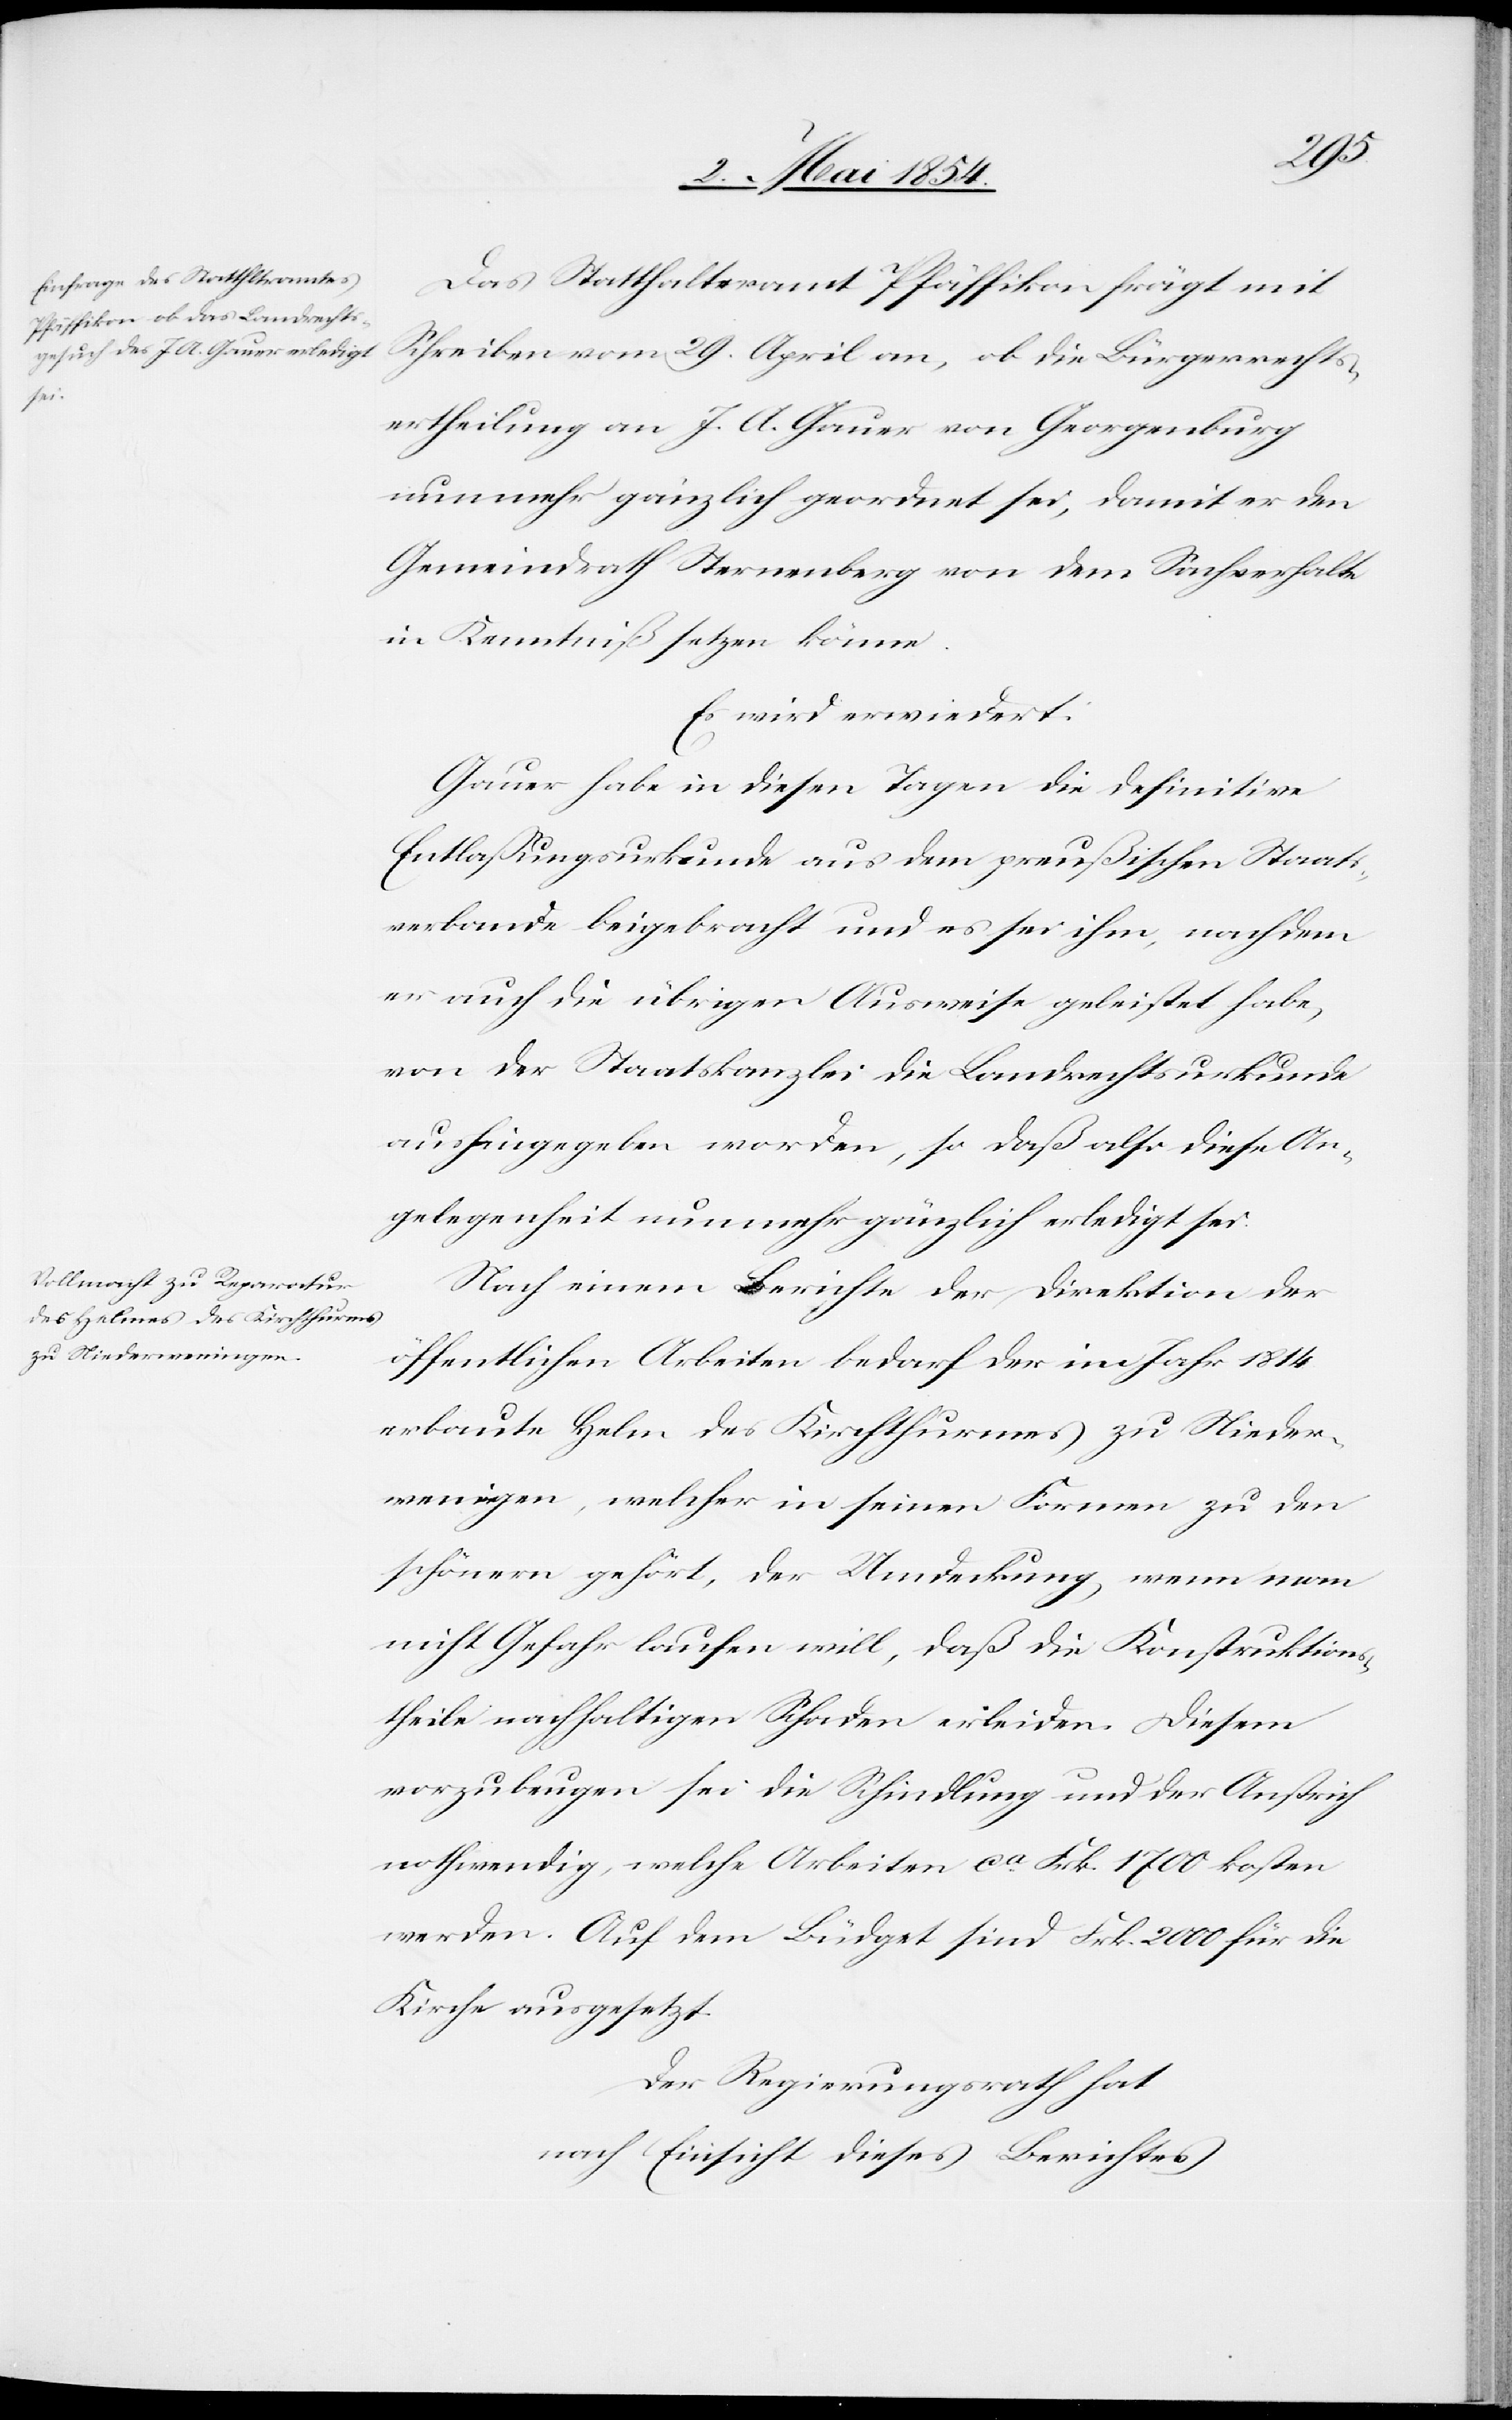
Das Statthalteramt Pfäffikon frägt mit
Schreiben vom 29. April an, ob die Bürgerrechts¬
ertheilung an J. A. Gauer von Georgenburg
nunmehr gänzlich geordnet sei, damit er den
Gemeindrath Sternenberg von dem Sachverhalte
in Kenntniß setzen könne.
Es wird erwiedert:
Gauer habe in diesen Tagen die definitive
Entlaßungsurkunde aus dem preußischen Staats¬
verbande beigebracht und es sei ihm, nachdem
er auch die übrigen Ausweise geleistet habe,
von der Staatskanzlei die Landrechtsurkunde
aushingegeben worden, so daß also diese An¬
gelegenheit nunmehr gänzlich erledigt sei.
Nach einem Berichte der Direktion der
öffentlichen Arbeiten bedarf der im Jahr 1814
erbaute Helm des Kirchthurmes zu Nieder¬
weningen, welcher in seinen Formen zu den
schönern gehört, der Umdeckung, wenn man
nicht Gefahr laufen will, daß die Konstruktions¬
theile nachhaltigen Schaden erleiden. Diesem
vorzubeugen sei die Schindlung und der Anstrich
nothwendig, welche Arbeiten ca Frk. 1700 kosten
werden. Auf dem Büdget sind Frk. 2000 für die
Kirche ausgesetzt.
Der Regierungsrath hat
nach Einsicht eines Berichtes